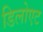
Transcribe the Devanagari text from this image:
डिलोएट